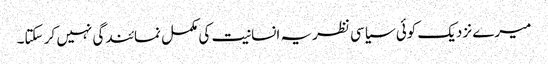
میرے نزدیک کوئی سیاسی نظریہ انسانیت کی مکمل نمائندگی نہیں کر سکتا۔